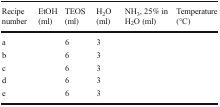
<table><thead><tr><td><b>Recipe number</b></td><td><b>EtOH (ml)</b></td><td><b>TEOS (ml)</b></td><td><b>H<sub>2</sub>O (ml)</b></td><td><b>NH<sub>3</sub>, 25% in H<sub>2</sub>O (ml)</b></td><td><b>Temperature (°C)</b></td></tr></thead><tbody><tr><td>a</td><td>[EMPTY_CELL]</td><td>6</td><td>3</td><td>[EMPTY_CELL]</td><td>[EMPTY_CELL]</td></tr><tr><td>b</td><td>[EMPTY_CELL]</td><td>6</td><td>3</td><td>[EMPTY_CELL]</td><td>[EMPTY_CELL]</td></tr><tr><td>c</td><td>[EMPTY_CELL]</td><td>6</td><td>3</td><td>[EMPTY_CELL]</td><td>[EMPTY_CELL]</td></tr><tr><td>d</td><td>[EMPTY_CELL]</td><td>6</td><td>3</td><td>[EMPTY_CELL]</td><td>[EMPTY_CELL]</td></tr><tr><td>e</td><td>[EMPTY_CELL]</td><td>6</td><td>3</td><td>[EMPTY_CELL]</td><td>[EMPTY_CELL]</td></tr></tbody></table>